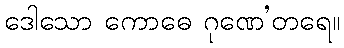
ဒေါသော ကောဓေ ဂုဏေ’တရေ။